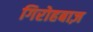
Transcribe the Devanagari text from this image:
गिरोहबाज़